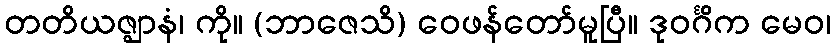
တတိယဇ္ဈာနံ၊ ကို။ (ဘာဇေသိ) ဝေဖန်တော်မူပြီ။ ဒုဝင်္ဂိက မေဝ၊